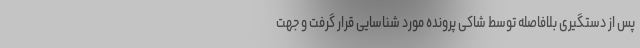
پس از دستگیری بلافاصله توسط شاکی پرونده مورد شناسایی قرار گرفت و جهت